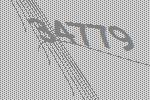
34779